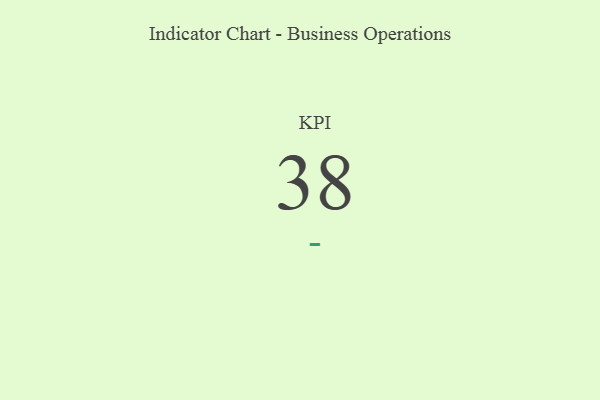
{"axis": {"x": "KPI", "y": "Value"}, "legend": [""], "data": [{"x": "KPI", "y": 38, "type": ""}]}